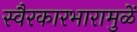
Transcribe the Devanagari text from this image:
स्वैरकारभारामुळें